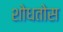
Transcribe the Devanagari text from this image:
शोधतोस